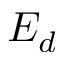
E _ { d }